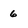
Character: 6